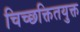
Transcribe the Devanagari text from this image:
चिच्छक्तितयुक्त